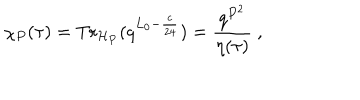
LaTeX: \chi _ { P } ( \tau ) = { \mathrm { T r } } _ { { \cal H } _ { P } } ( q ^ { L _ { 0 } - \frac { c } { 2 4 } } ) = \frac { q ^ { P ^ { 2 } } } { \eta ( \tau ) } ~ ,